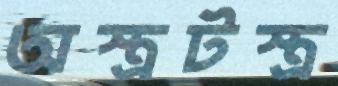
অস্ত্রটস্ত্র